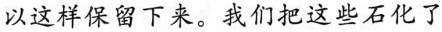
以这样保留下来。我们把这些石化了